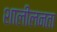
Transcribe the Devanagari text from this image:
शालीलनता